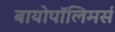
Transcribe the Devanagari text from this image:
बायोपॉलिमर्स